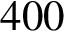
4 0 0